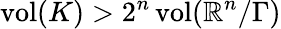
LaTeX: \operatorname{vol}(K)>2^{n}\operatorname{vol}(\mathbb{R}^{n}/\Gamma)